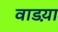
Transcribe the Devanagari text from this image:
वाडय़ा